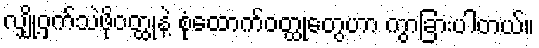
လျှို့ဝှက်သဲဖိုဝတ္ထုနဲ့ စုံထောက်ဝတ္ထုတွေဟာ ကွာခြားပါတယ်။